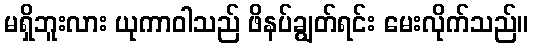
မရှိဘူးလား ယုကာဝါသည် ဖိနပ်ချွတ်ရင်း မေးလိုက်သည်။